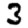
Digit: 3